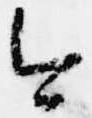
今